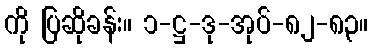
ကို ပြဆိုခန်း။ ၁-ဋ္ဌ-ဒု-အုပ်-၈၂-၈၃။